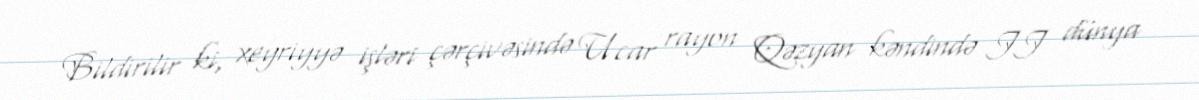
Bildirilir ki, xeyriyyə işləri çərçivəsində Ucar rayon Qəzyan kəndində II dünya